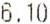
6.10